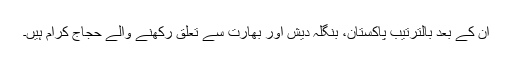
ان کے بعد بالترتیب پاکستان، بنگلہ دیش اور بھارت سے تعلق رکھنے والے حجاج کرام ہیں۔